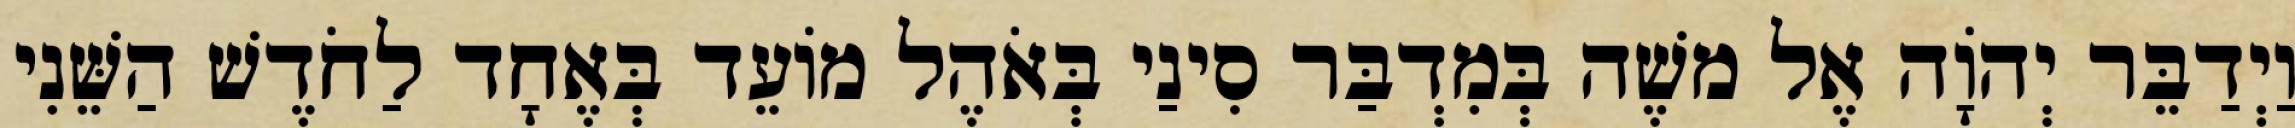
וַיְדַבֵּר יְהוָֹה אֶל משֶׁה בְּמִדְבַּר סִינַי בְּאֹהֶל מוֹעֵד בְּאֶחָד לַחֹדֶשׁ הַשֵּׁנִי